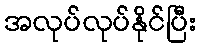
အလုပ်လုပ်နိုင်ပြီး